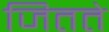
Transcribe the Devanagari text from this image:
जितते